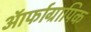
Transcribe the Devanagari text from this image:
ऑर्फाग्रापिक